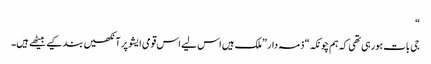
“
جی بات ہورہی تھی کہ ہم چونکہ“ ذمہ دار ”ملک ہیں اس لیے اس قومی ایشو پر آنکھیں بند کیے بیٹھے ہیں۔